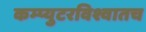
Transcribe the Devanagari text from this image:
कम्प्युटरविश्वातच